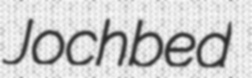
Jochbed